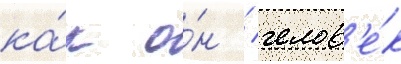
ка́к о́н / челов'е́к